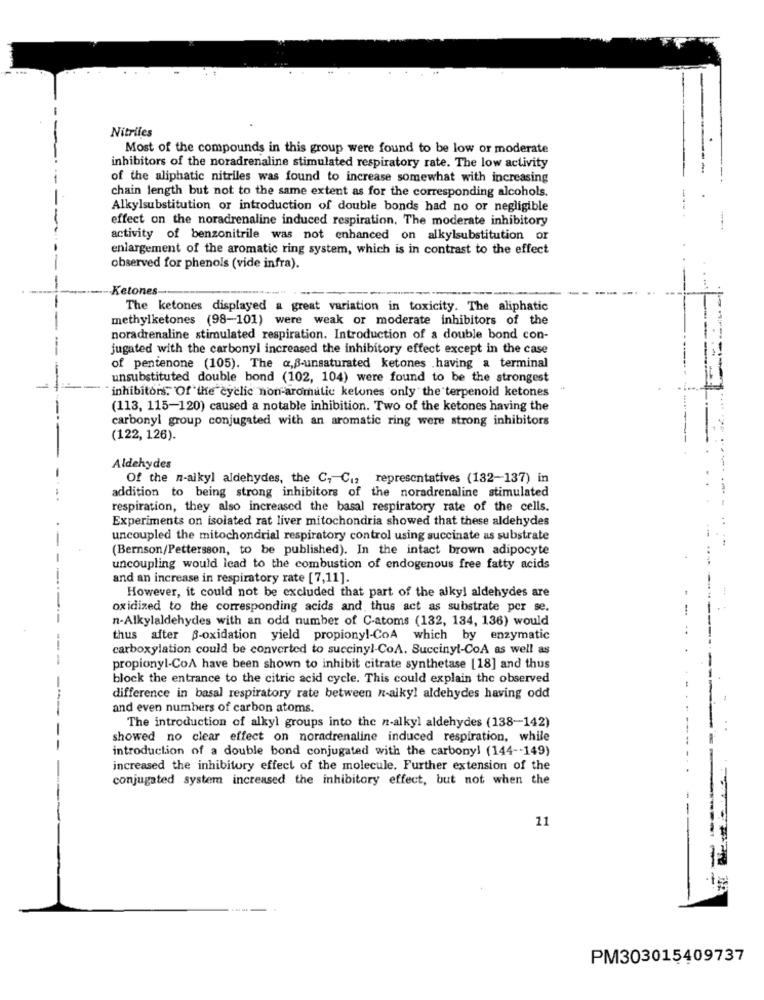
Nitriles
Most of the compounds in this group were found to be low or moderate
inhibitors of the noradrenaline stimulated respiratory rate. The low activity
of the aliphatic nitriles was found to increase somewhat with increasing
chain length but not to the same extent as for the corresponding alcohols.
Alkylsubstitution or introduction of double bonds had no or negligible
effect on the noradrenaline induced respiration. The moderate inhibitory
activity of benzonitrile was not enhanced on alkylsubstitution or
enlargement of the aromatic ring system, which is in contrast to the effect
observed for phenols (vide infra).
Ketones --
The ketones displayed a great variation in toxicity. The aliphatic
methylketones (98-101) were weak or moderate inhibitors of the
noradrenaline stimulated respiration. Introduction of a double bond con-
jugated with the carbonyl increased the inhibitory effect except in the case
of pentenone (105). The a,B-unsaturated ketones .having a terminal
unsubstituted double bond (102, 104) were found to be the strongest
inhibitors. Of the cyclic non-aromatic ketones only the terpenoid ketones
(113, 115-120) caused a notable inhibition. Two of the ketones having the
carbonyl group conjugated with an aromatic ring were strong inhibitors
(122, 126).
Aldehydes
Of the n-alkyl aldehydes, the C, C. representatives (132-137) in
addition to being strong inhibitors of the noradrenaline stimulated
respiration, they also increased the basal respiratory rate of the cells.
Experiments on isolated rat liver mitochondria showed that these aldehydes
uncoupled the mitochondrial respiratory control using succinate as substrate
(Bernson/Pettersson, to be published). In the intact brown adipocyte
uncoupling would lead to the combustion of endogenous free fatty acids
and an increase in respiratory rate [7,11].
However, it could not be excluded that part of the alky! aldehydes are
oxidized to the corresponding acids and thus act as substrate per se.
n-Alkylaldehydes with an odd number of C-atoms (132, 134, 136) would
thus after B-oxidation yield propiony !- CoA which by enzymatic
carboxylation could be converted to succinyl-CoA. Succinyl-CoA as well as
propionyl-CoA have been shown to inhibit citrate synthetase [18] and thus
block the entrance to the citric acid cycle. This could explain the observed
difference in basal respiratory rate between n-alkyl aldehydes having odd
and even numbers of carbon atoms.
..
The introduction of alkyl groups into the n-alkyl aldehydes (138-142)
showed no clear effect on noradrenaline induced respiration, while
introduction of a double bond conjugated with the carbonyl (144 -- 149)
increased the inhibitory effect of the molecule. Further extension of the
conjugated system increased the inhibitory effect, but not when the
11
---
PM303015409737